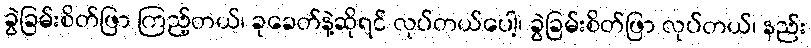
ခွဲခြမ်းစိတ်ဖြာ ကြည့်တယ်၊ ခုခေတ်နဲ့ဆိုရင် လုပ်တယ်ပေါ့၊ ခွဲခြမ်းစိတ်ဖြာ လုပ်တယ်၊ နည်း